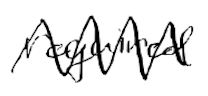
Text: required
Cross-out: zig-zag
Writing tool: digital_black